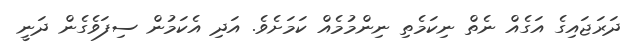
ދަރަޖައިގެ އަގެއް ނެތް ނިކަމެތި ނިންމުމެއް ކަމަށެވެ. އަދި އެކަމުން ސިފަވެގެން ދަނީ